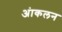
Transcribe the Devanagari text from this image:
अंाकलन